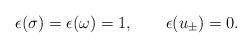
LaTeX: \begin{align*}\epsilon(\sigma)=\epsilon(\omega)=1,\qquad\epsilon(u_\pm)=0.\end{align*}